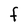
Character: F